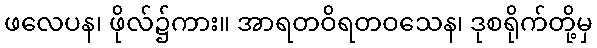
ဖလေပန၊ ဖိုလ်၌ကား။ အာရတဝိရတဝသေန၊ ဒုစရိုက်တို့မှ